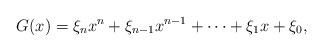
LaTeX: \begin{align*}G(x)=\xi_nx^n+\xi_{n-1}x^{n-1}+\dots+\xi_1x+\xi_0,\end{align*}